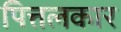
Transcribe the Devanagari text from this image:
पित्तलकार